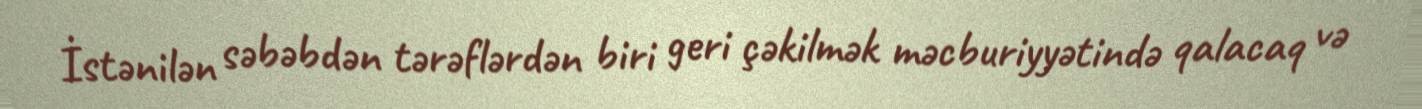
İstənilən səbəbdən tərəflərdən biri geri çəkilmək məcburiyyətində qalacaq və